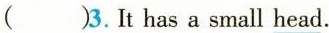
()3. It has a small head.